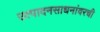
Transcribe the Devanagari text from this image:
उत्पादनसाधनांवरची